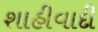
શાહીવાદી